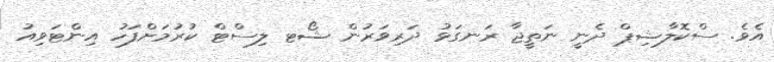
އެވެ. ސްކޮލާޝިޕް ދެނީ ނަތީޖާ ރަނގަޅު ދަރިވަރުން ޝޯޓ ލިސްޓް ކުރުމަށްފަހު އިންޓަވިއު